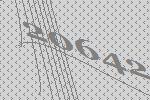
20642